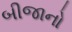
બીજાનો